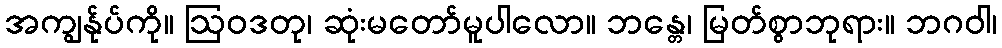
အကျွန်ုပ်ကို။ ဩဝဒတု၊ ဆုံးမတော်မူပါလော။ ဘန္တေ၊ မြတ်စွာဘုရား။ ဘဂဝါ၊